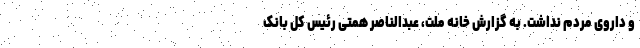
و داروی مردم نداشت. به گزارش خانه ملت، عبدالناصر همتی رئیس کل بانک